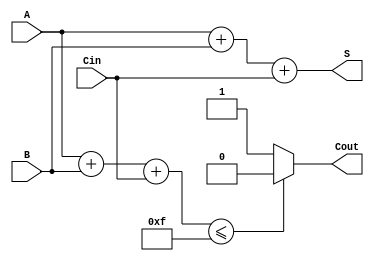
module sum4(A, B, Cin, S, Cout);
input [3:0] A;
input [3:0] B;
input Cin;
output reg [3:0]S;
output reg Cout;

always @(A or B or Cin)
begin
  if(A+B+Cin <=15)
  begin
    Cout=0;
    S=A+B+Cin;
  end
  else
  begin
   Cout=1;
   S=A+B+Cin;
  end
end
endmodule


module test_sum4();
reg [3:0] A;
reg [3:0] B;
reg Cin;
wire [3:0] S;
wire Cout;

initial begin
 A=1;
 B=3;
 Cin=0;
 #10 Cin=1;
 #10 A=14;
end
sum4 sumator_test_4(A,B,Cin, S,Cout);
endmodule

module comparator4(A,B, mic, egal, mare);
input [3:0] A;
input [3:0] B;
output reg mic;
output reg egal;
output reg mare;

always @(A or B)
begin
  if(A>B)
    {mic, egal, mare}=3'b001;
  else if(A==B)
    {mic, egal, mare}=3'b010;
  else
    {mic, egal, mare}=3'b100;
end
endmodule


module comparator4_test();
reg [3:0] A;
reg [3:0] B;
wire mic;
wire egal;
wire mare;

initial begin
  A=0;
  B=0;
  #10 A=1;
  #10 B=3;
end
comparator4 comparator4_testing(A,B,mic,egal,mare);
endmodule




// convertor de cod NBCD  Exces 3 

module NBCD_exces_3(N, VCC, GND, Cout, Y, egal, mare);
input [3:0] N;
input VCC;
input GND;
output Cout;
output [3:0] Y;
output egal;
output mare;

wire [3:0] S;
wire mic;

comparator4 comparator(N, {VCC,GND,VCC,GND}, mic, egal, mare);
sum4 sumator(N, {GND, GND,VCC,VCC}, GND, S, Cout);

and p1(Y[0], S[0], mic);
and p2(Y[1], S[1], mic);
and p3(Y[2], S[2], mic);
and p4(Y[3], S[3], mic);

endmodule


module NBCD_exces_3_test();
reg [3:0] N;
reg VCC;
reg GND;
wire Cout;
wire [3:0] Y;
wire egal;
wire mare;
integer i;

initial begin
  VCC=1;
  GND=0;
  N=0;
  for(i=0; i<=15; i=i+1)
   #10 N=i;
end
NBCD_exces_3 NBCD_exces_3_instance(N, VCC, GND, Cout, Y, egal, mare);
endmodule